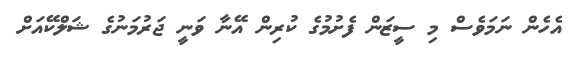
އެހެން ނަމަވެސް މި ސީޒަން ފެށުމުގެ ކުރިން އޭނާ ވަނީ ޖަރުމަނުގެ ޝަލްކޭއަށް